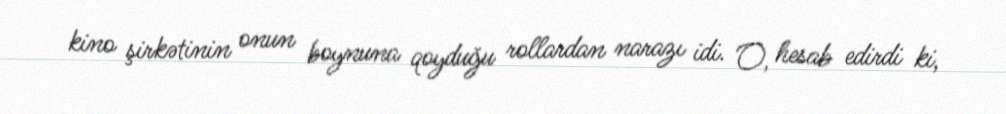
kino şirkətinin onun boynuna qoyduğu rollardan narazı idi. O, hesab edirdi ki,